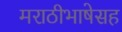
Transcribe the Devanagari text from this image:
मराठीभाषेसह